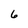
Character: 6